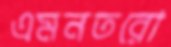
এমনতরো